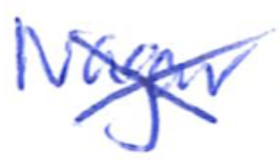
Text: Nagar
Cross-out: mix
Writing tool: ballpoint